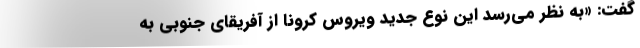
گفت: «به نظر می‌رسد این نوع جدید ویروس کرونا از آفریقای جنوبی به